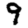
Digit: 9